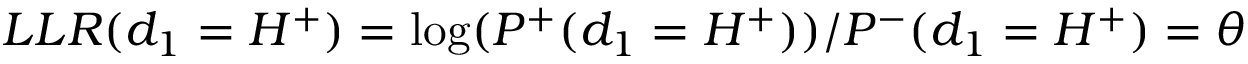
L L R ( d _ { 1 } = H ^ { + } ) = \log ( P ^ { + } ( d _ { 1 } = H ^ { + } ) ) / P ^ { - } ( d _ { 1 } = H ^ { + } ) = \theta